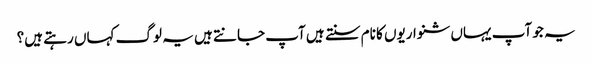
یہ جو آپ یہاں شنواریوں کا نام سنتے ہیں آپ جانتے ہیں یہ لوگ کہاں رہتے ہیں؟